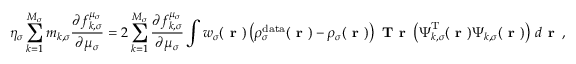
\eta _ { \sigma } \sum _ { k = 1 } ^ { M _ { \sigma } } m _ { k , \sigma } \frac { \partial f _ { k , \sigma } ^ { \mu _ { \sigma } } } { \partial \mu _ { \sigma } } = 2 \sum _ { k = 1 } ^ { M _ { \sigma } } \frac { \partial f _ { k , \sigma } ^ { \mu _ { \sigma } } } { \partial \mu _ { \sigma } } \int w _ { \sigma } ( \boldsymbol { \textbf { r } } ) \left( \rho _ { \sigma } ^ { \mathrm { d a t a } } ( \boldsymbol { \textbf { r } } ) - \rho _ { \sigma } ( \boldsymbol { \textbf { r } } ) \right) \textbf { T r } \left( \boldsymbol { \Psi } _ { k , \sigma } ^ { \mathrm { T } } ( \boldsymbol { \textbf { r } } ) \boldsymbol { \Psi } _ { k , \sigma } ( \boldsymbol { \textbf { r } } ) \right) \, d \boldsymbol { \textbf { r } } \, ,